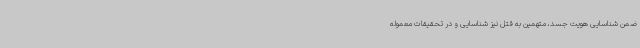
ضمن شناسایی هویت جسد، متهمین به قتل نیز شناسایی و در تحقیقات معموله